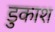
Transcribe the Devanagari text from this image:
डुकाश